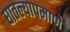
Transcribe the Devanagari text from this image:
घातल्यापमाणे